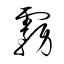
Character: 霧